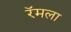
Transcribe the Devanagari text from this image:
रॅमला